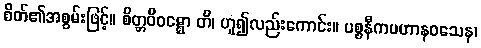
စိတ်၏အစွမ်းဖြင့်။ စိတ္တဝိဝဋ္ဋော တိ၊ ဟူ၍လည်းကောင်း။ ပစ္စနီကပဟာနဝသေန၊